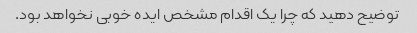
توضیح دهید که چرا یک اقدام مشخص ایده خوبی نخواهد بود.